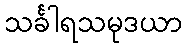
သင်္ခါရသမုဒယာ